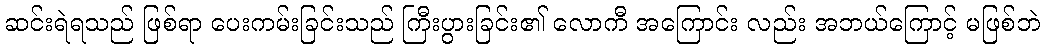
ဆင်းရဲရသည် ဖြစ်ရာ ပေးကမ်းခြင်းသည် ကြီးပွားခြင်း၏ လောကီ အကြောင်း လည်း အဘယ်ကြောင့် မဖြစ်ဘဲ